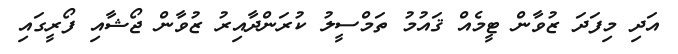
އަދި މިފަދަ ޒުވާން ޓީމެއް ޤައުމު ތަމްސީލު ކުރަންދާއިރު ޒުވާން ޖޯޝާއި ފޯރީގައި